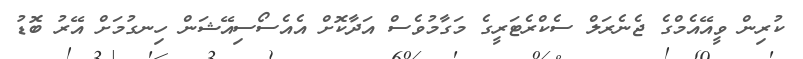
ކުރިން ވީއޭއެމްގެ ޖެނެރަލް ސެކްރެޓަރީގެ މަގާމުވެސް އަދާކޮށް އެއެސޯސިއޭޝަން ހިނގުމަށް އޭރު ބޮޑު